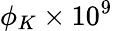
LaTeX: \phi_{K}\times 10^{9}